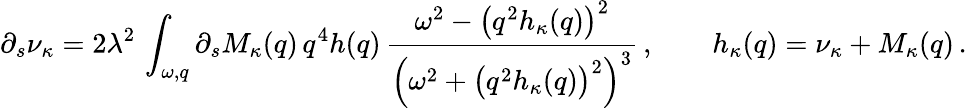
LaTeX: \partial_{s}\nu_{\kappa}=2\lambda^{2}\, \int_{\omega,q}\partial_{s}M_{\kappa}(q)\, q^{4}h(q)\, \frac{\omega^{2}-\big(q^{2}h_{\kappa}(q)\big)^{2}}{\Big(\omega^{2}+\big(q^{2}h_{\kappa}(q)\big)^{2}\Big)^{3}}\, ,\qquad h_{\kappa}(q)=\nu_{\kappa}+M_{\kappa}(q)\, .